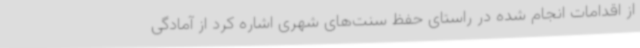
از اقدامات انجام شده در راستای حفظ سنت‌های شهری اشاره کرد از آمادگی